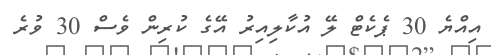
އިއްޔެ 30 ޕެކެޓް ލޭ އުކާލިއިރު އޭގެ ކުރިން ވެސް 30 ވުރެ